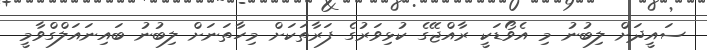
ސައީދަށް ލިބުނު މި އެވޯޑަކީ ރާއްޖޭގެ ކުޅިވަރުގެ ފަރާތަކަށް މިހާތަނަށް ލިބުނު ބައިނައަލްގްވާމީ